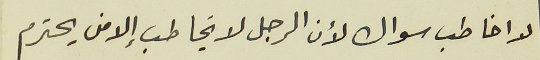
لا اخاطب سواك لأن الرجل لا يخاطب إلا من يحترم